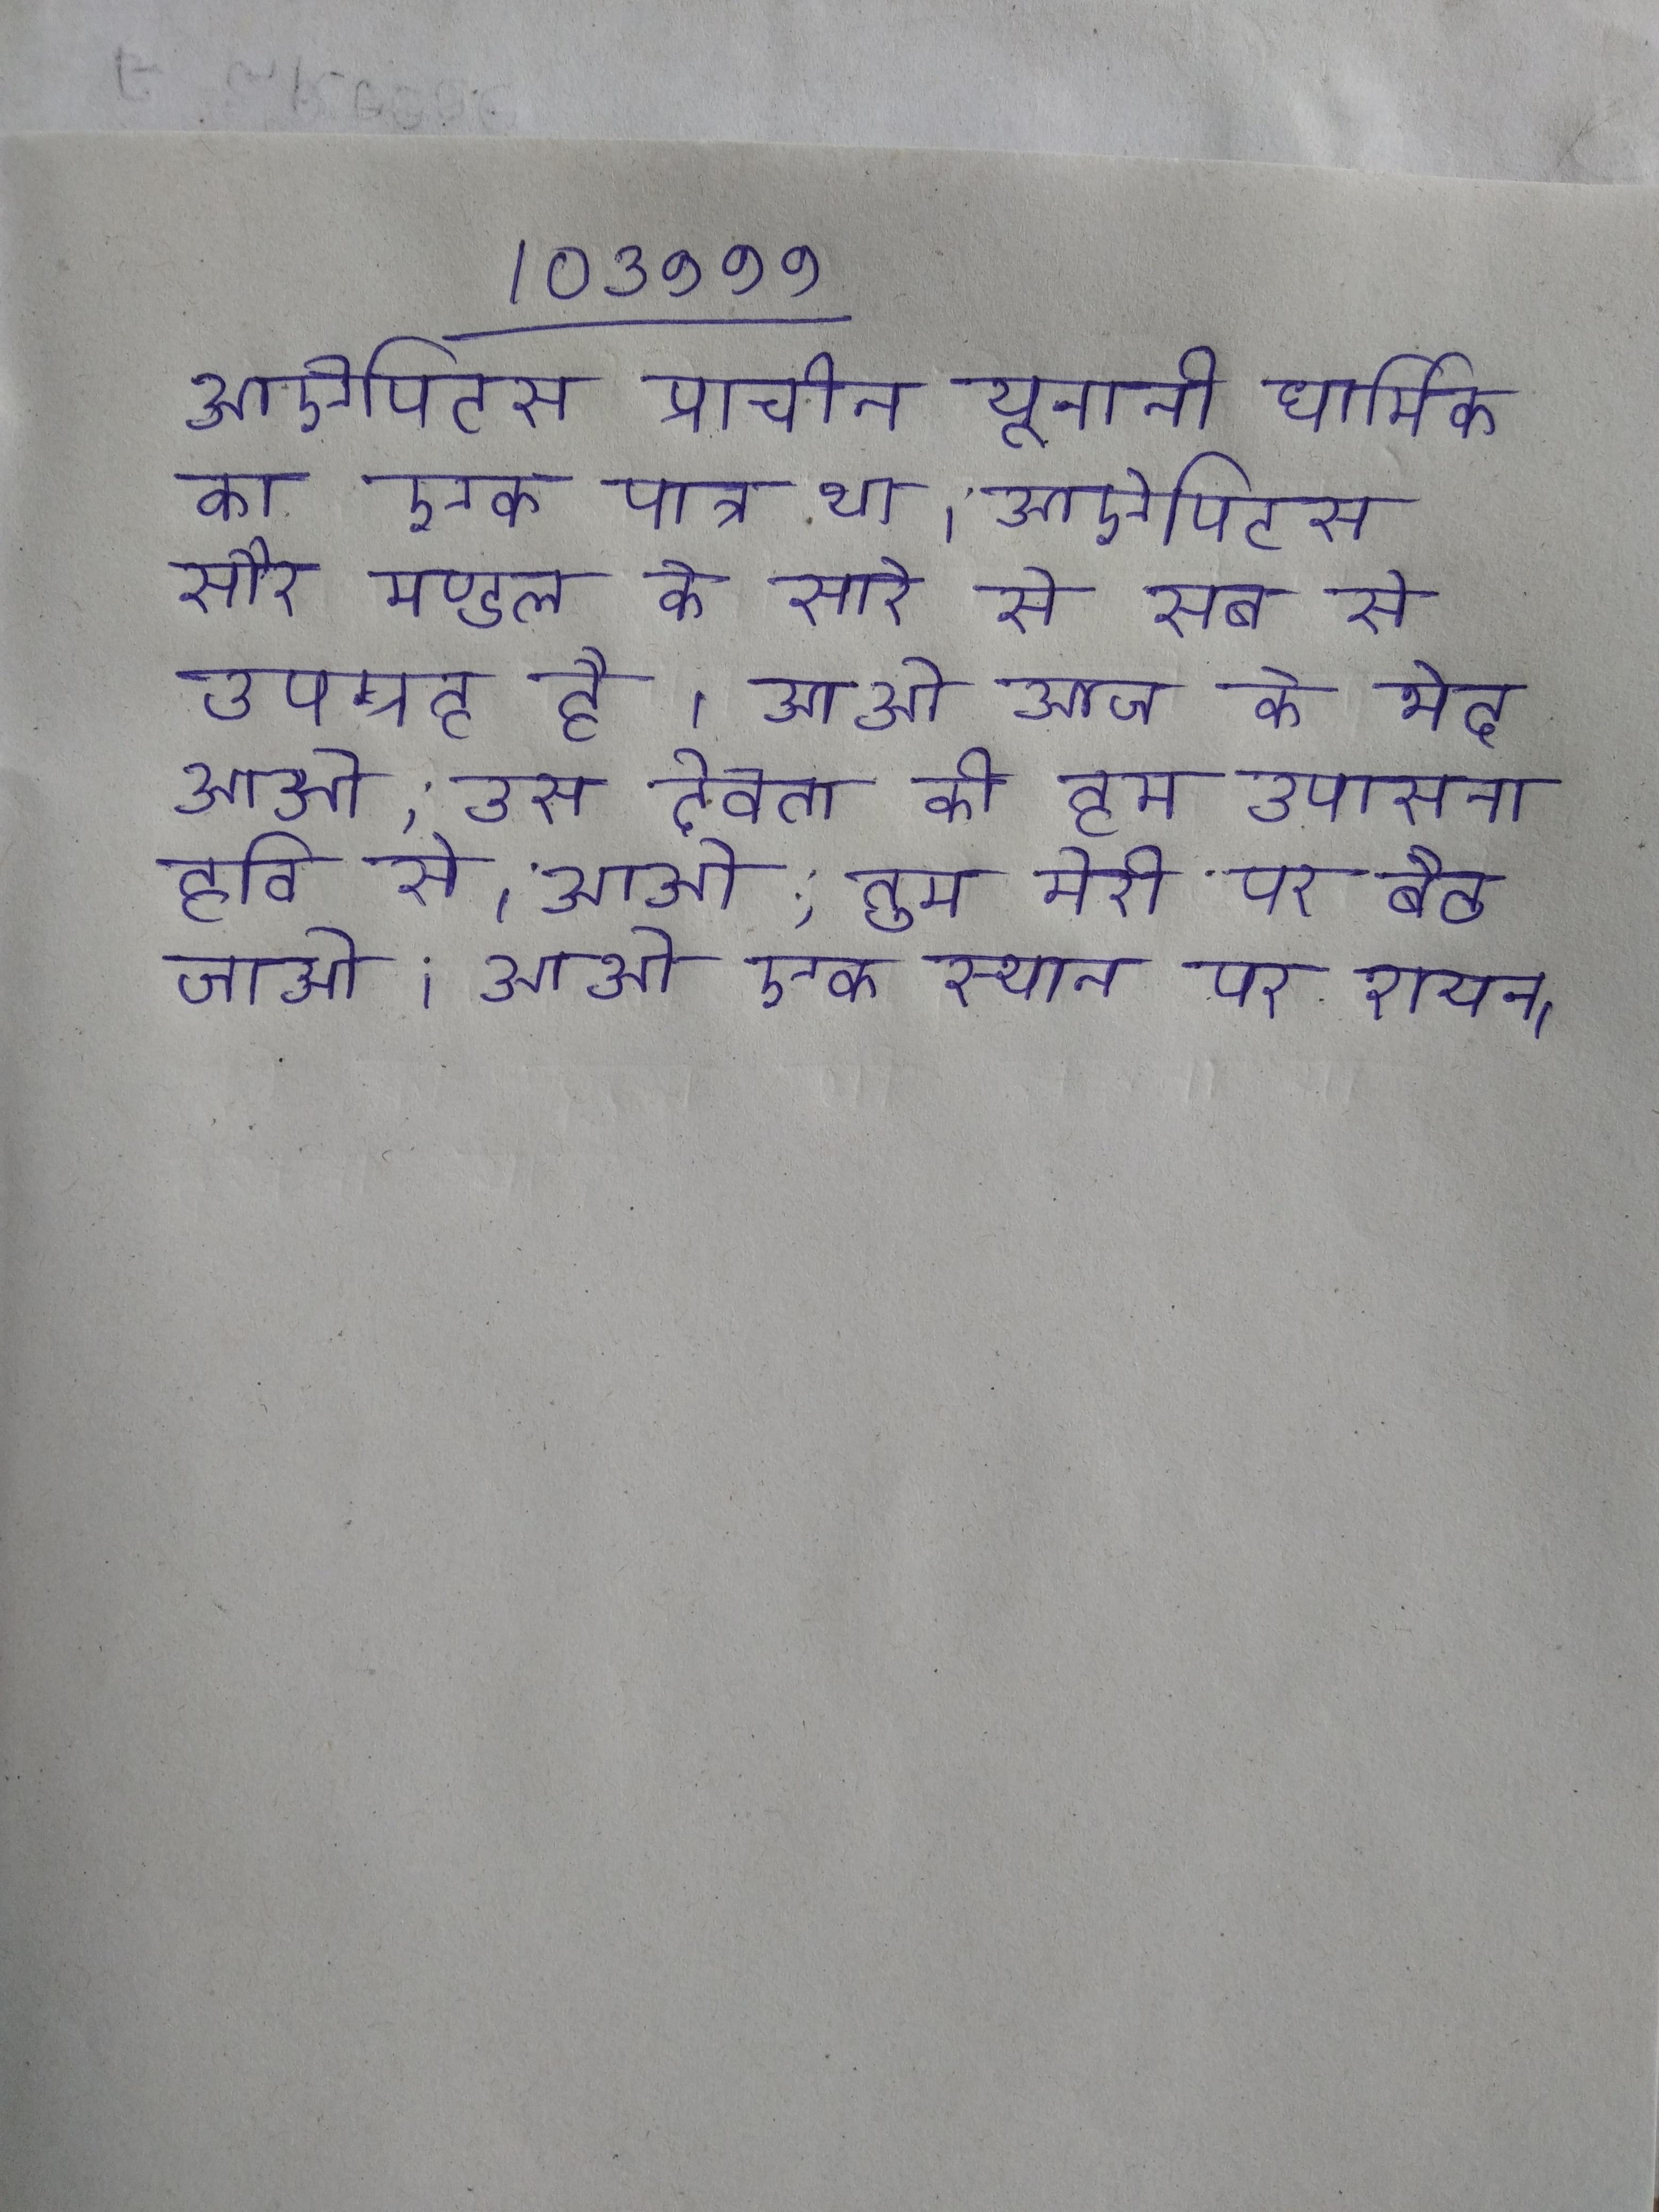
आऐपिटस प्राचीन यूनानी धार्मिक का एक पात्र था । आऐपिटस सौर मण्डल के सारे से सब से उपग्रह है । आओ आज के भेद आओ, उस देवता की हम उपासना हवि से । आओ, तुम मेरी पर बैठ जाओ । आओ एक स्थान पर शयन ।